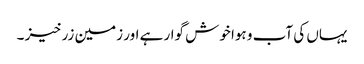
یہاں کی آب و ہوا خوش گوار ہے اور زمین زرخیز ۔